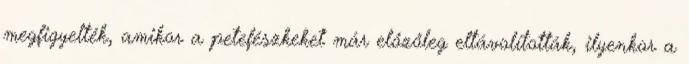
megfigyelték, amikor a petefészkeket már előzőleg eltávolították, ilyenkor a